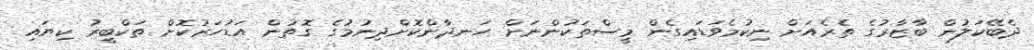
ދެބޭކަލުން ބާޒާރުގެ ތެރެއަށް ނިކުމެވަޑައިގެން މީސްތަކުންނަށް ހަނދާންކޮށްދިނުމުގެ ގޮތުން އަޑުހަރުކޮށް ތަކްބީރު ކިޔައި